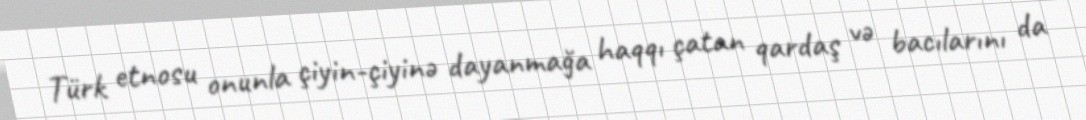
Türk etnosu onunla çiyin-çiyinə dayanmağa haqqı çatan qardaş və bacılarını da